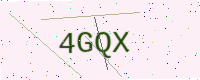
Text: 4GQX